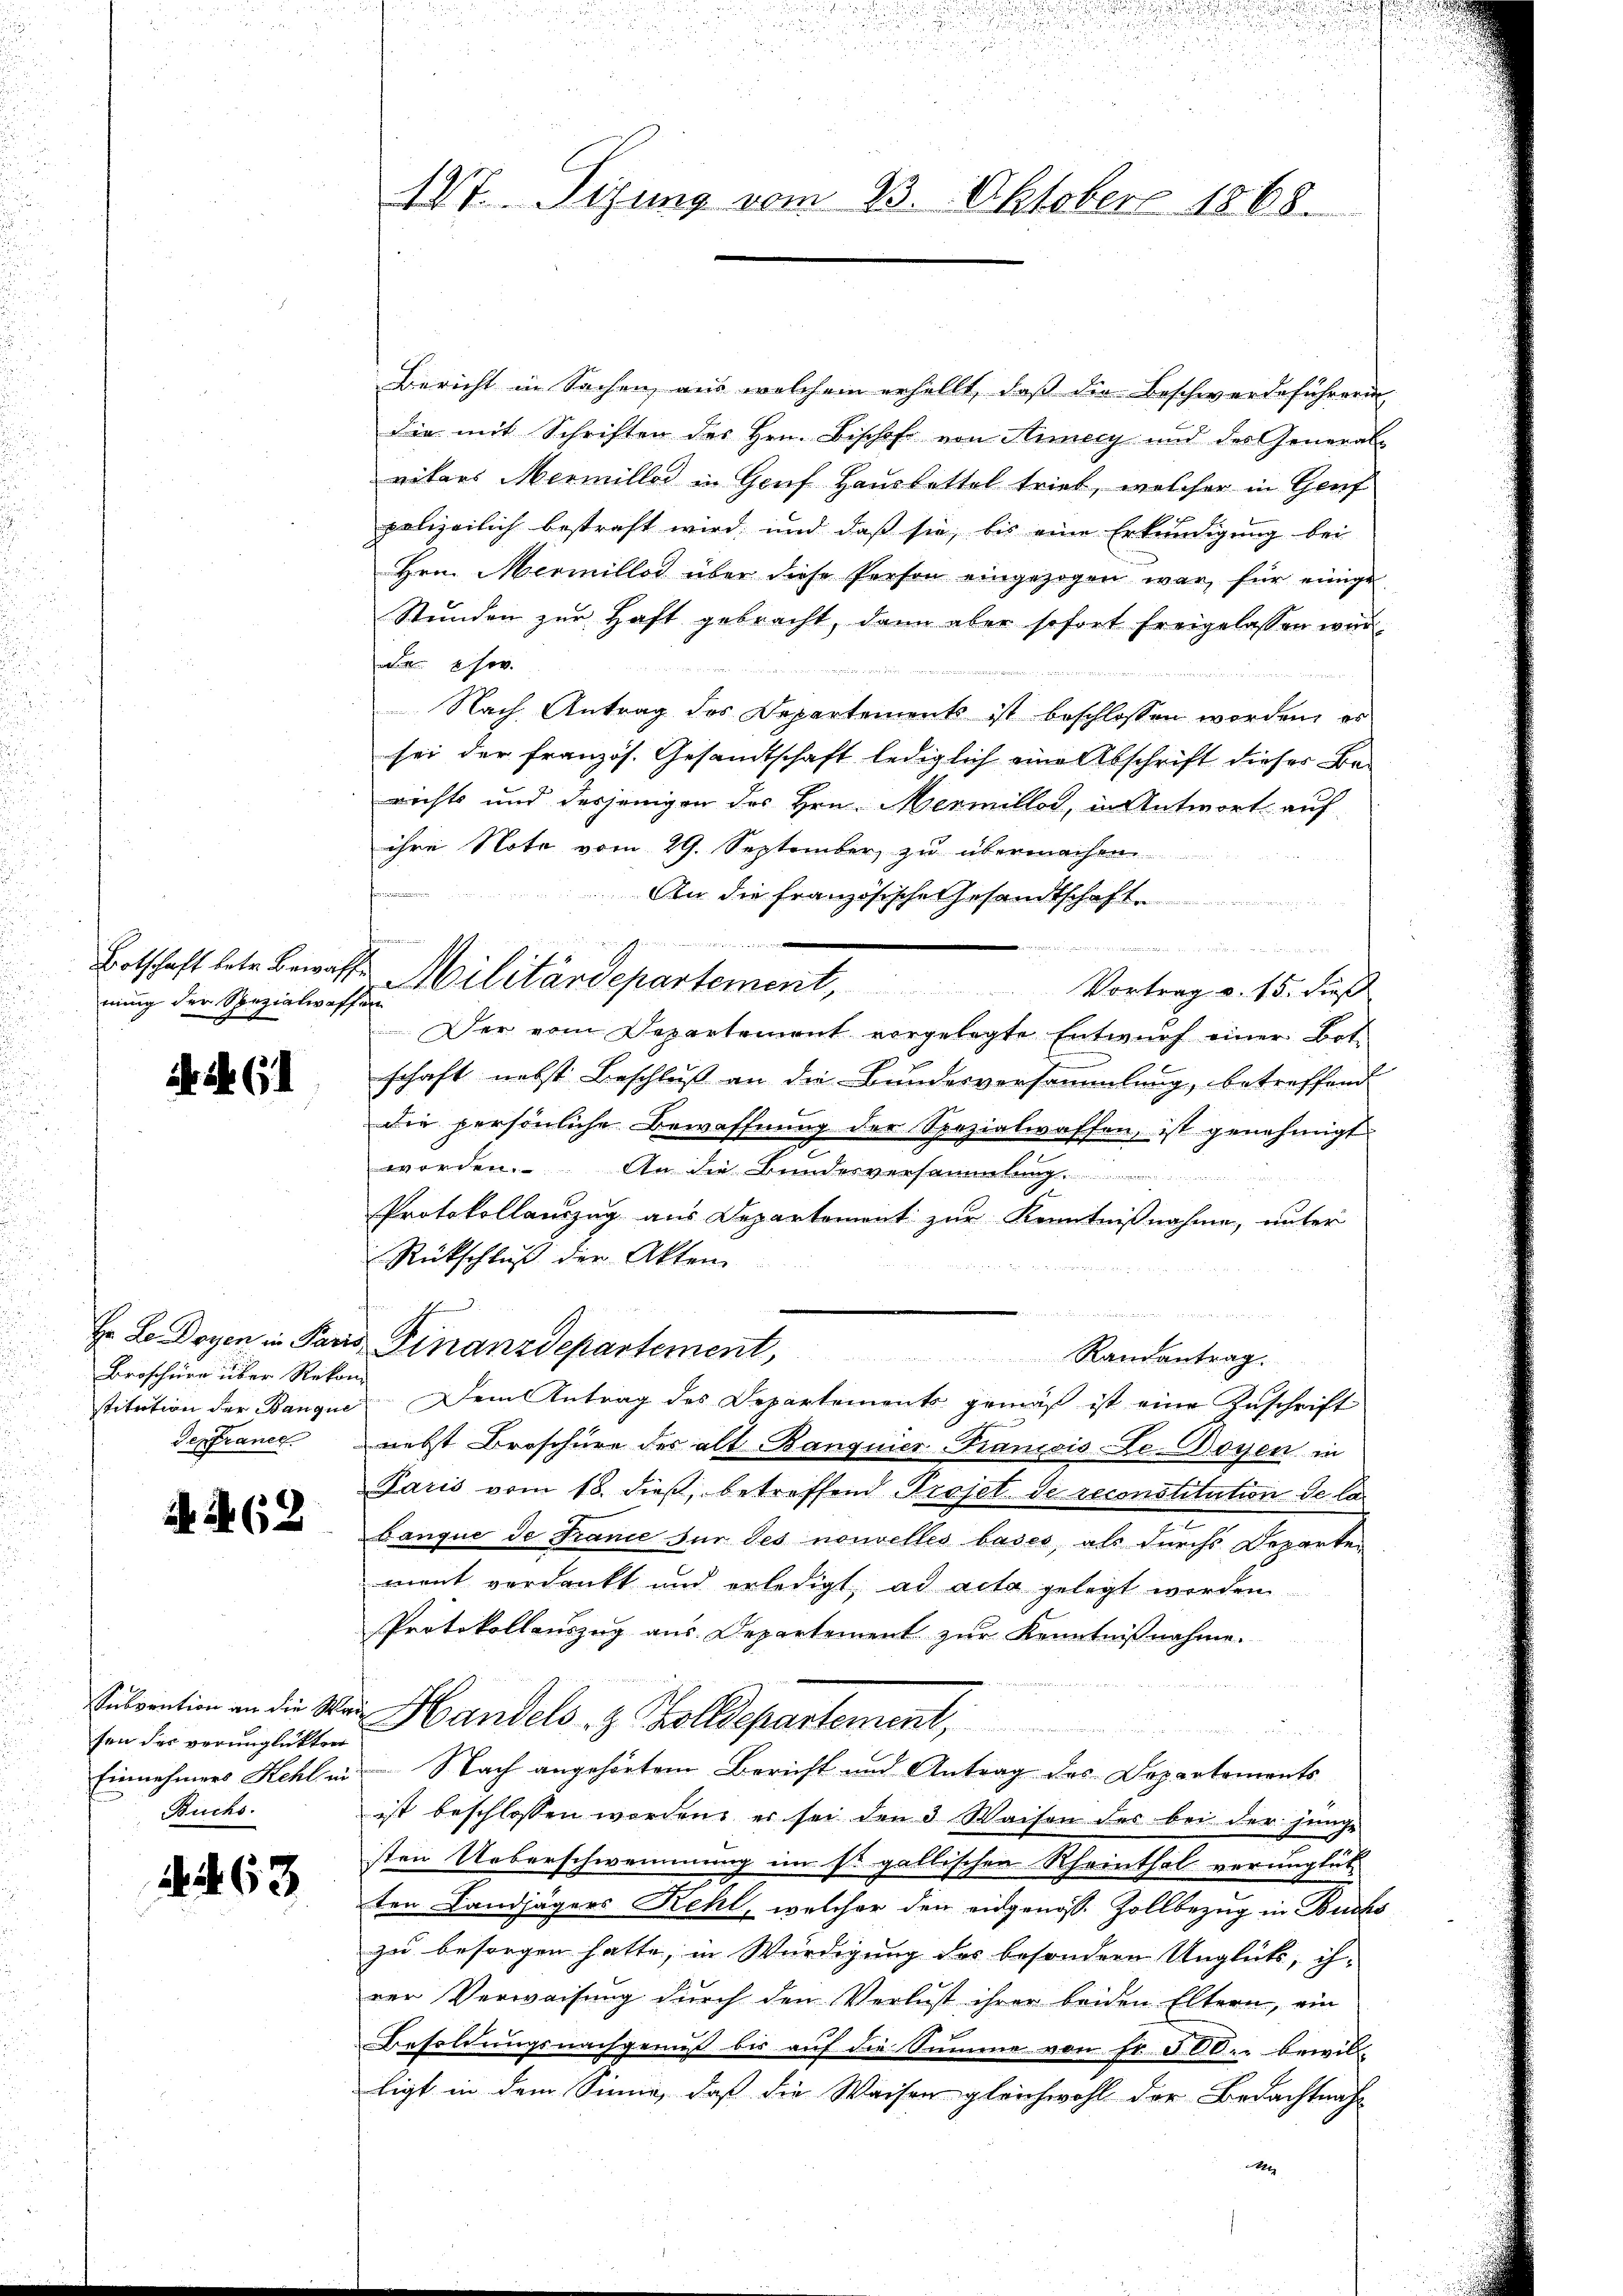
nung der Spezialwaffen

a. (1

Broschüre über Rekon

I (2

son des verünglickten
Buchs.

2263

Bericht in Sachen, ein welchem erhellt, daß die Beschwerdeführerin
Die mit Schriften des Hrn. Bischof von Annecy und des General-
ritars Mermiller in Gruf Hauskettel trieb, welcher in Genf
polizeilich bestraft wird, und daß sie, bis eine Erkundigung bei
Hrn. Mermillos über diese Person eingezogen war, für einige
Stŭnden zŭr Haft gebracht, dann aber sofort freigelassen war.
 sov

Nach Antrag des Departements ist beschlossen worden, es
sei der französ. Gesandtschaft lediglich eine Abschrift dieser Be-
rechts und dasjenigen des Hrn. Mermiller, in Antwort auf
ihre Note vom 29. September zu übermachen
fern nieman
An die französische Gesandtschaft.
u
 X 2

Botschaft betr. Bewaffe Militärdepartement, Vortrag u. 15. dieß
Der vom Departement vorgelegte Entwurf einer Botschaft nebst Beschluß an die Bundesversammlung, betreffend
die persönliche Bewaffnŭng der Spezialwaffen, ist genehmigt
worden. An die Bundesversammlung
t
Protokollauszug aus Departement zur Kenntnißnahme, unter
Rückschluß der Akten.
1
n
Hr. Le Doyen in Paris Ginanzdepartement, Randantrag.
stitution der Banque. Dem Antrag des Departements gemäß ist eine Zuschrift
depfrance nebst Broschüre des alt Banquier-Francois Le-Doyen in
Paris vom 18. dieß, betreffend Projet de reconstitution de la

Banque de France für des nouvelles bases, als durchs Departen
ment verdankt und erledigt, ad acta gelegt werden.
Protokollauszug aus. Departement zur Kenntnißnahme.
uvention in die Man Handels- & Zolldepartement,
u
Einnehmers Kehl in Nach angehörtem Bericht und Antrag des Departements
ist beschlossen worden, er sei den 3 Waisen des bei der junge
sten Ueberschwemmung im so gallischen Rheinthal verünglich
ten Landjägers Kehl, welcher den eidgenoss. Zollbezug in Buchs
za besorgen hatte, in Würdigung des besondern Unglück, ihrer Verweisung durch den Verlust ihrer beiden Eltern, ein
Besoldungsnachgenuß bis auf die Summe von Fr. 500.- bewil-
ligt in dem Sinne, daß die Waisen gleichwohl der Bedachtnah
2

n

d
127. Sitzung vom 23. Oktober 1868.